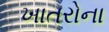
ખાતરોના